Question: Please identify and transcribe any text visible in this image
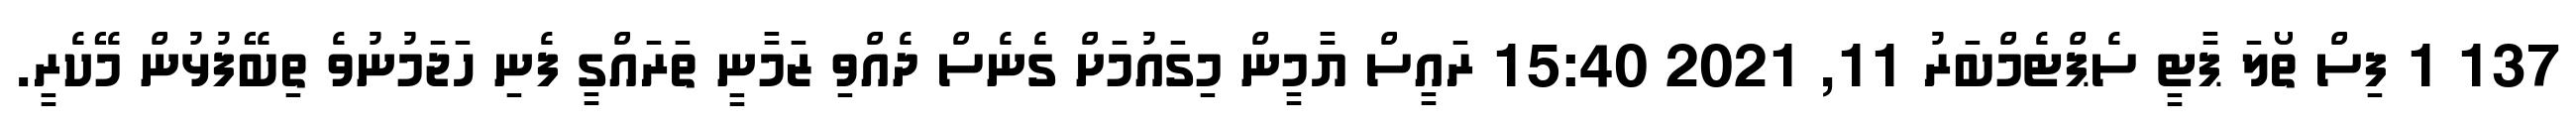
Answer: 137 1 ފިސް ތޯލަ ޕާޓީ ސެޕްޓެމްބަރު 11, 2021 15:40 ރައީސް ޔާމީން މިގައުމަށް ގެނެސް ދެއްވި ޒަމާނީ ތަރައްގީ ފެނި ހަޖަމުނުވެ ތިބޭފުޅުން މޭކެރީ.